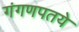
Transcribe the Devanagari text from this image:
गंगणपतये